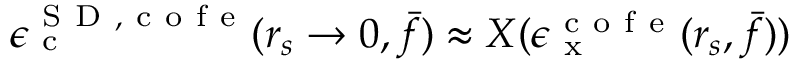
\epsilon _ { \mathrm { ~ c ~ } } ^ { { \mathrm { ~ S ~ D ~ } } , \mathrm { ~ c ~ o ~ f ~ e ~ } } ( r _ { s } \to 0 , \bar { f } ) \approx X ( \epsilon _ { \mathrm { ~ x ~ } } ^ { \mathrm { ~ c ~ o ~ f ~ e ~ } } ( r _ { s } , \bar { f } ) )